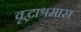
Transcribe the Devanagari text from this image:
वृद्धाश्रमास